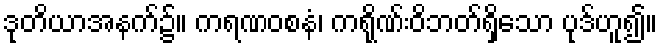
ဒုတိယာအနက်၌။ ကရဏဝစနံ၊ ကရိုဏ်းဝိဘတ်ရှိသော ပုဒ်ဟူ၍။